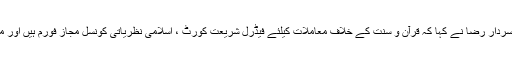
سیکریٹری قانون جسٹس ریٹائر سردار رضا نے کہا کہ قرآن و سنت کے خلاف معاملات کیلئے فیڈرل شریعت کورٹ ، اسلامی نظریاتی کونسل مجاز فورم ہیں اور مجوزہ ترمیمی بل بھی مبہم ہے ۔